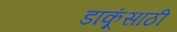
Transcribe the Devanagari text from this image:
डाकूंसाठी